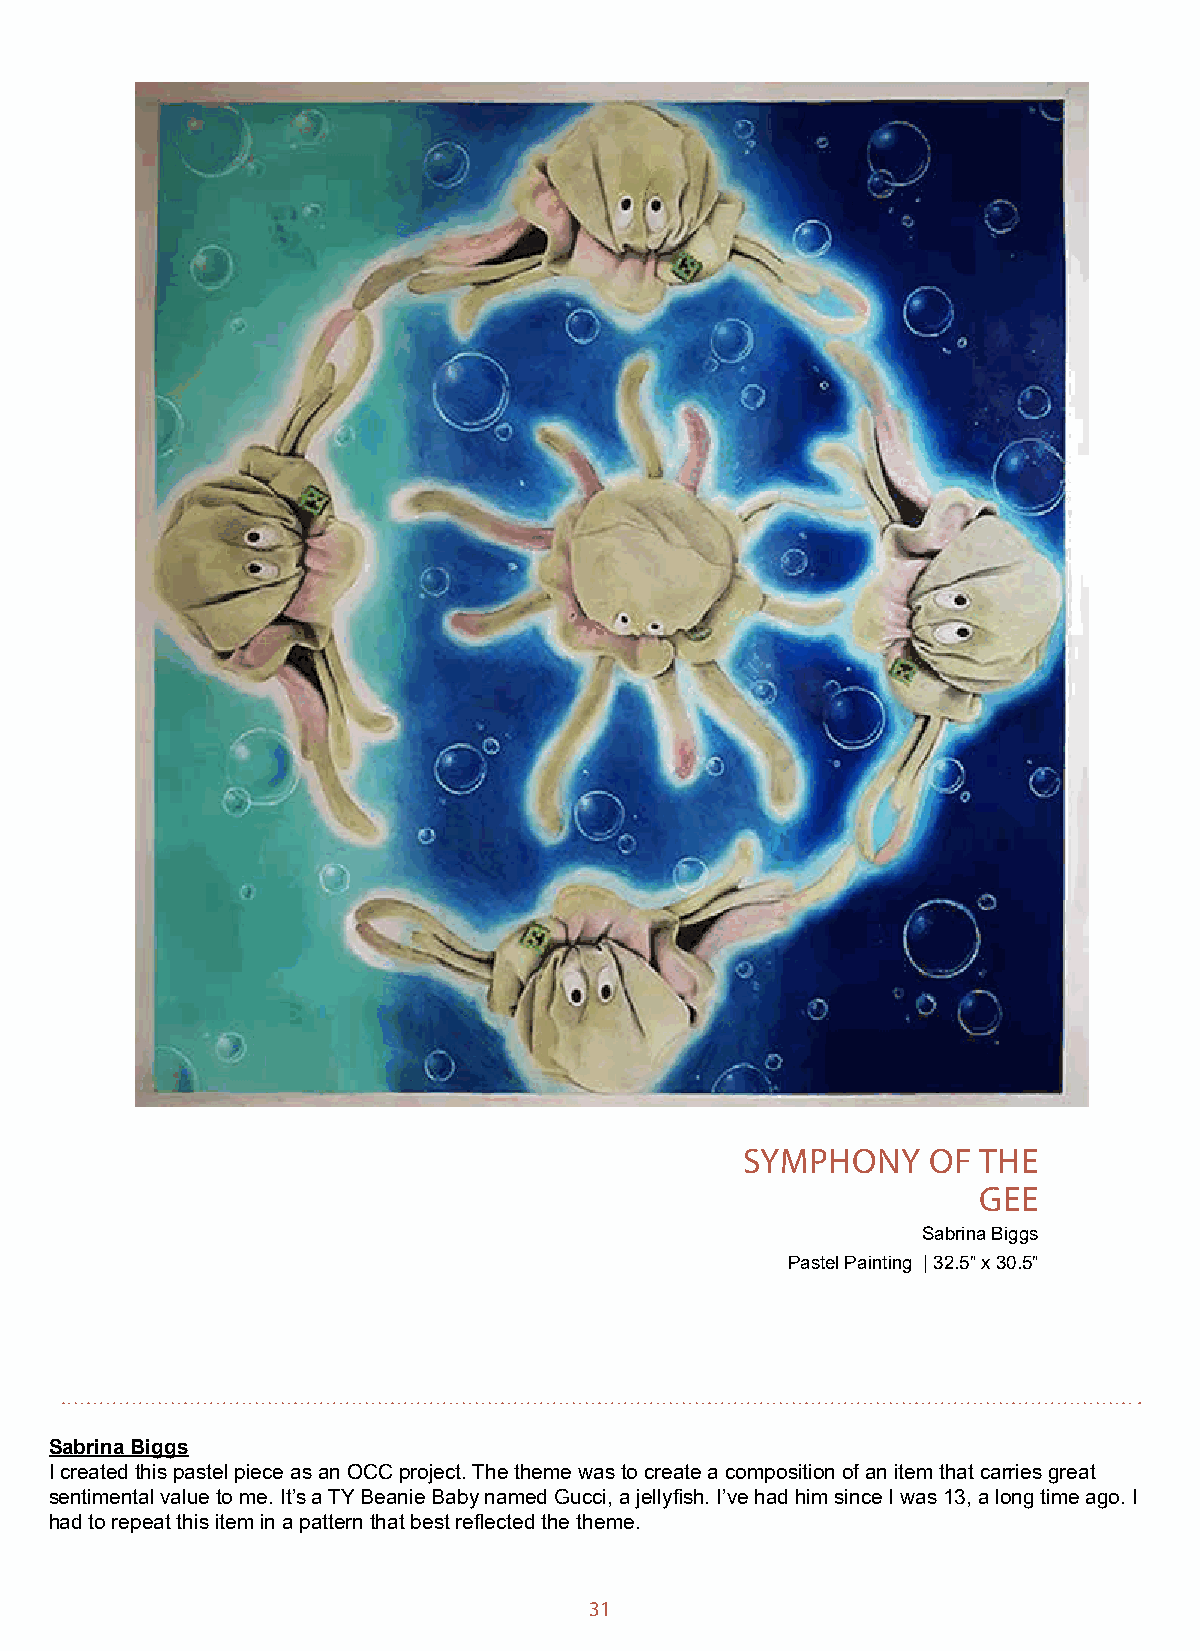
MEMORY
 Andrew Swarm
 Oil on Canvas | 18” x 24”
 MEMORY
 Andrew Swarm
 Oil on Canvas | 18” x 24”
 SYMPHONY     OF THE
 GEE
 Sabrina Biggs
 Pastel Painting | 32.5” x 30.5”
 Andrew Swarm, 49, has been painting since being Jacqueline Colone, 17, has Down syndrome. She
 Sabrina Biggs
 inspired as a boy by his grandmother and uncle. enjoys playing guitar, dancing, and kickball. Inner Soul
 I created this pastel piece as an OCC project. The theme was to create a composition of an item that carries great
 He feels that his diabetes, cancer, asthma, anxiety, is a self-portrait created using the double-exposure
 sentimental value to me. It’s a TY Beanie Baby named Gucci, a jellyfish. I’ve had him since I was 13, a long time ago. I
 and depression have enhanced his work. Set Free/ technique. She layered a textured screen on the
 had to repeat this item in a pattern that best reflected the theme.
 Hands Off reflects the influence of Salvador Dali and original image to show that there is more to her than
 Andrew’s love of nature. First year in UNIQUE the surface. Previously in UNIQUE 2011
 31